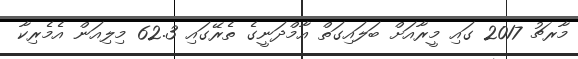
މާރޗު 2017 ގައި މީރާއަށް ބަލައިގަތް އާމްދަނީގެ ތެރޭގައި 62.3 މިލިއަން އެމެރިކާ